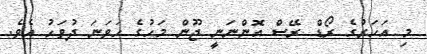
މި އަހަރުގެ ރޯޑް ރޭސް އޮންނަނީ ޖޫން މަހުގެ ހަވަނަ ދުވަހު އެވެ.